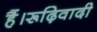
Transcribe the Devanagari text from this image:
हैं।रूढ़िवादी